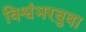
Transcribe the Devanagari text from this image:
विश्वंभरबुवा